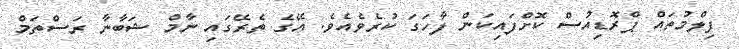
ފިލްމުތައް ޕްރޮޑިއުސް ކޮށްފައިކަން ފާހަގަ ކުރެވެއެވެ. އޭގެ ތެރޭގައި ނާމް ޝަބާނާ ރަސްތަމް